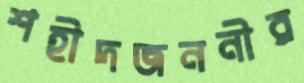
শহীদজননীর